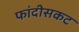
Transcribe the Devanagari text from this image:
फांदीसकट